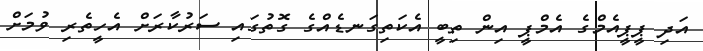
އަދި ޕީޕީއެމްގެ އެމްޕީ އިން ތިބީ އެކަތިގަނޑެއްގެ ގޮތުގައި ސަރުކާރަށް އެހީތެރި ވުމަށް